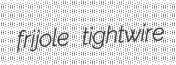
frijole tightwire